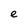
Character: e